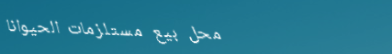
محل بيع مستلزمات الحيوانا